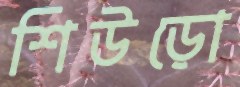
শিউড়ো